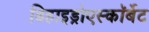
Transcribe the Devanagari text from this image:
डिहाइड्रोएस्कॉर्बेट